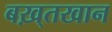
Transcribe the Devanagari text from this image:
बख़्तखान